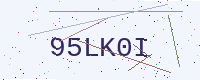
Text: 95LK0I